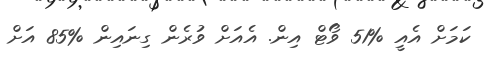
ކަަމަށް އެއީ %51 ވޯޓް އިން. އެއަށް ވުރެން ގިނައިން %85 އަށް